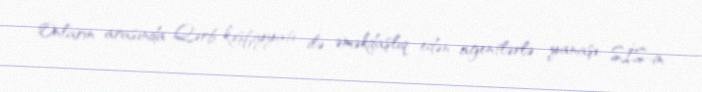
Onların arasında Qərb kəşfiyyatı ilə əməkdaşlıq edən agentlərlə yanaşı, SİS-in